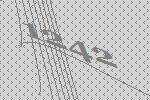
1242